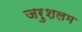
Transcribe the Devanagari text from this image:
जरुशलम